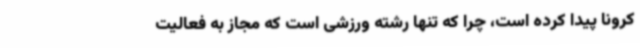
کرونا پیدا کرده است، چرا که تنها رشته ورزشی است که مجاز به فعالیت